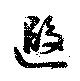
遐